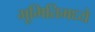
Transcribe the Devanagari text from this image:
भूमितिमध्ये